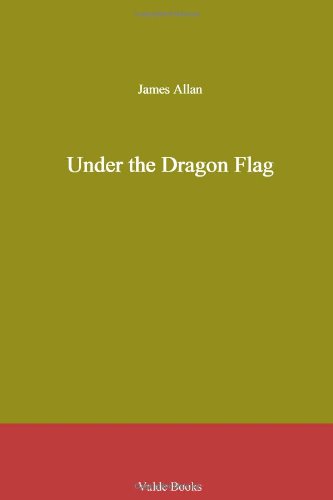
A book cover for Under the Dragon Flag; James Allan; Crafts, Hobbies & Home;